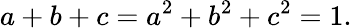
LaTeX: a+b+c=a^{2}+b^{2}+c^{2}=1.